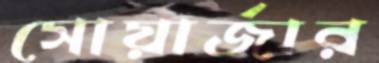
সোয়ার্জার